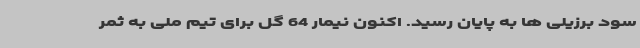
سود برزیلی ها به پایان رسید. اکنون نیمار 64 گل برای تیم ملی به ثمر